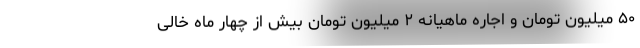
۵۰ میلیون تومان و اجاره ماهیانه ۲ میلیون تومان بیش از چهار ماه خالی